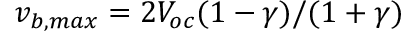
v _ { b , m a x } = 2 V _ { o c } ( 1 - \gamma ) / ( 1 + \gamma )